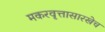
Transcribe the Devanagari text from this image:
मकरवृत्तासारखेच